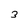
Character: 3